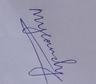
Signature authenticity: genuine